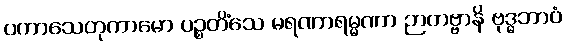
ပကာသေတုကာမော ပဉ္စတိံသေ မရဏာရမ္မဏာ ဉာတဗ္ဗာနိ ဗုဒ္ဓဘာဝံ